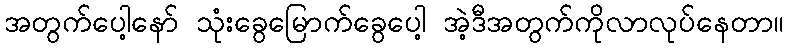
အတွက်ပေါ့နော် သုံးခွေမြောက်ခွေပေါ့ အဲ့ဒီအတွက်ကိုလာလုပ်နေတာ။